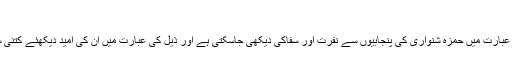
‘‘
اوپر کی عبارت میں حمزہ شنواری کی پنجابیوں سے نفرت اور سفاکی دیکھی جاسکتی ہے اور ذیل کی عبارت میں ان کی امید دیکھئے کتنی سادہ ہے۔